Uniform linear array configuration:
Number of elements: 64
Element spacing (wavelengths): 0.5
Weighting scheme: hamming
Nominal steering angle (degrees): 0
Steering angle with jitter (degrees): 0.3842
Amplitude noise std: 0.05
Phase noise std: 0.05

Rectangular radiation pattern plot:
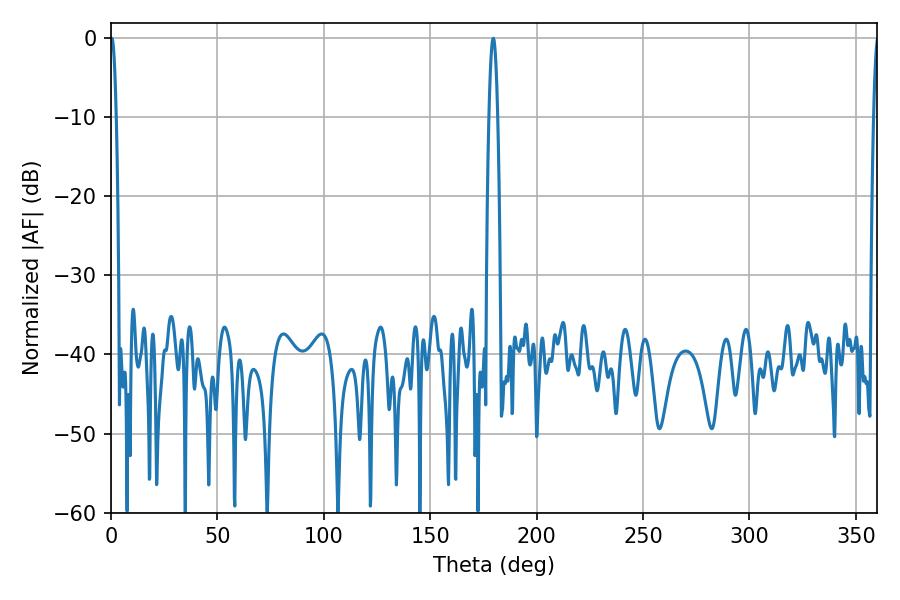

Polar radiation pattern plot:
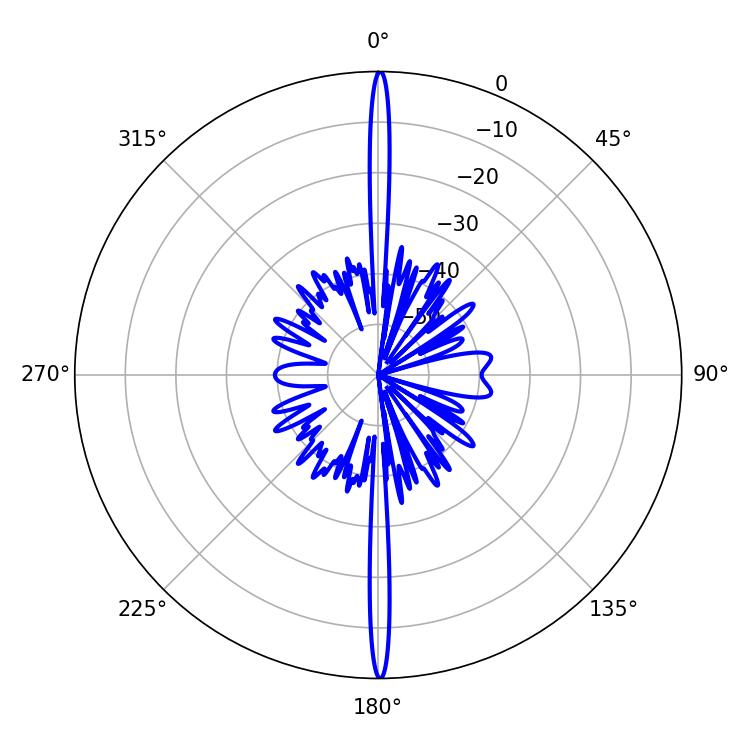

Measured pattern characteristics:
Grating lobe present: FALSE
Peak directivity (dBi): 35.386
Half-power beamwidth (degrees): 1.44
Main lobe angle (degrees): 0.36